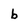
Character: b